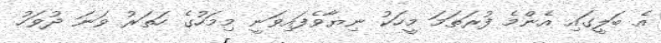
އެ ބަލީގައި އެންމެ ފުރަތަމަ މީހަކު ނިޔާވެފައިވަނީ މިމަހުގެ ހަތަރު ވަނަ ދުވަހު